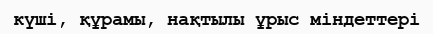
күші, құрамы, нақтылы ұрыс міндеттері